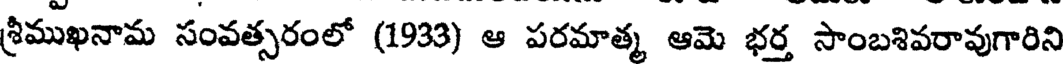
శ్రీముఖనామ సంవత్సరంలో (1933) ఆ పరమాత్మ ఆమె భర్త సాంబశివరావుగారిని